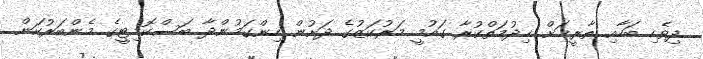
ދިވެހި ބަހާއި ތާރީޚަށް ޚިދުމަތްކުރާ ގައުމީ މަރުކަޒުގެ ދަށުން ހިންގަމުންދާ ބަސްކޮމިޓީގެ މެންބަރުކަން